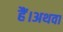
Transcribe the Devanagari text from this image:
हैं।अथवा